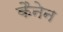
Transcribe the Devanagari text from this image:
कैनेन